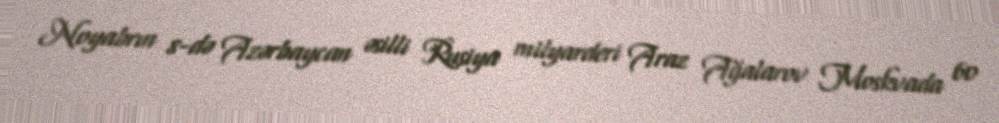
Noyabrın 8-də Azərbaycan əsilli Rusiya milyarderi Araz Ağalarov Moskvada 60